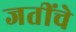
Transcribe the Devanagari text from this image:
जतींचे